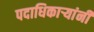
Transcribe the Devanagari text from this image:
पदाधिकार्‍यांनी